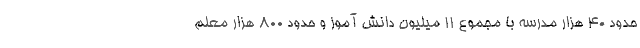
حدود ۴۰ هزار مدرسه با مجموع ۱۱ میلیون دانش آموز و حدود ۸۰۰ هزار معلم